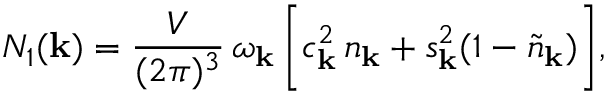
N _ { 1 } ( { \bf k } ) = \frac { V } { ( 2 \pi ) ^ { 3 } } \, \omega _ { \bf k } \, \bigg [ c _ { \bf k } ^ { 2 } \, n _ { \bf k } + s _ { \bf k } ^ { 2 } ( 1 - \tilde { n } _ { \bf k } ) \bigg ] ,